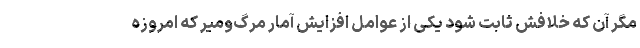
مگر آن که خلافش ثابت شود یکی از عوامل افزایش آمار مرگ‌ومیر که امروزه